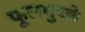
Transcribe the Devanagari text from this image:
फूलगुच्छे